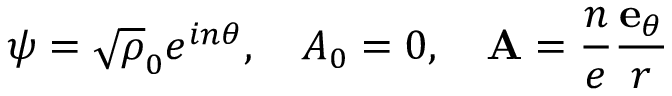
\psi = \sqrt \rho _ { 0 } e ^ { i n \theta } , \quad A _ { 0 } = 0 , \quad { \bf A } = \frac { n } { e } \frac { { \bf e } _ { \theta } } { r }